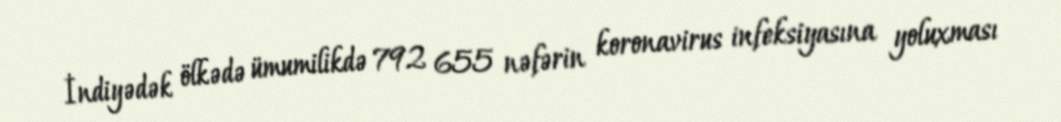
İndiyədək ölkədə ümumilikdə 792 655 nəfərin koronavirus infeksiyasına yoluxması